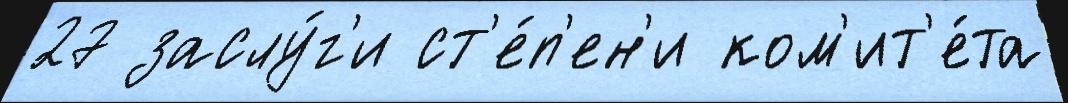
27 заслу́г'и ст'е́п'ен'и ком'ит'е́та